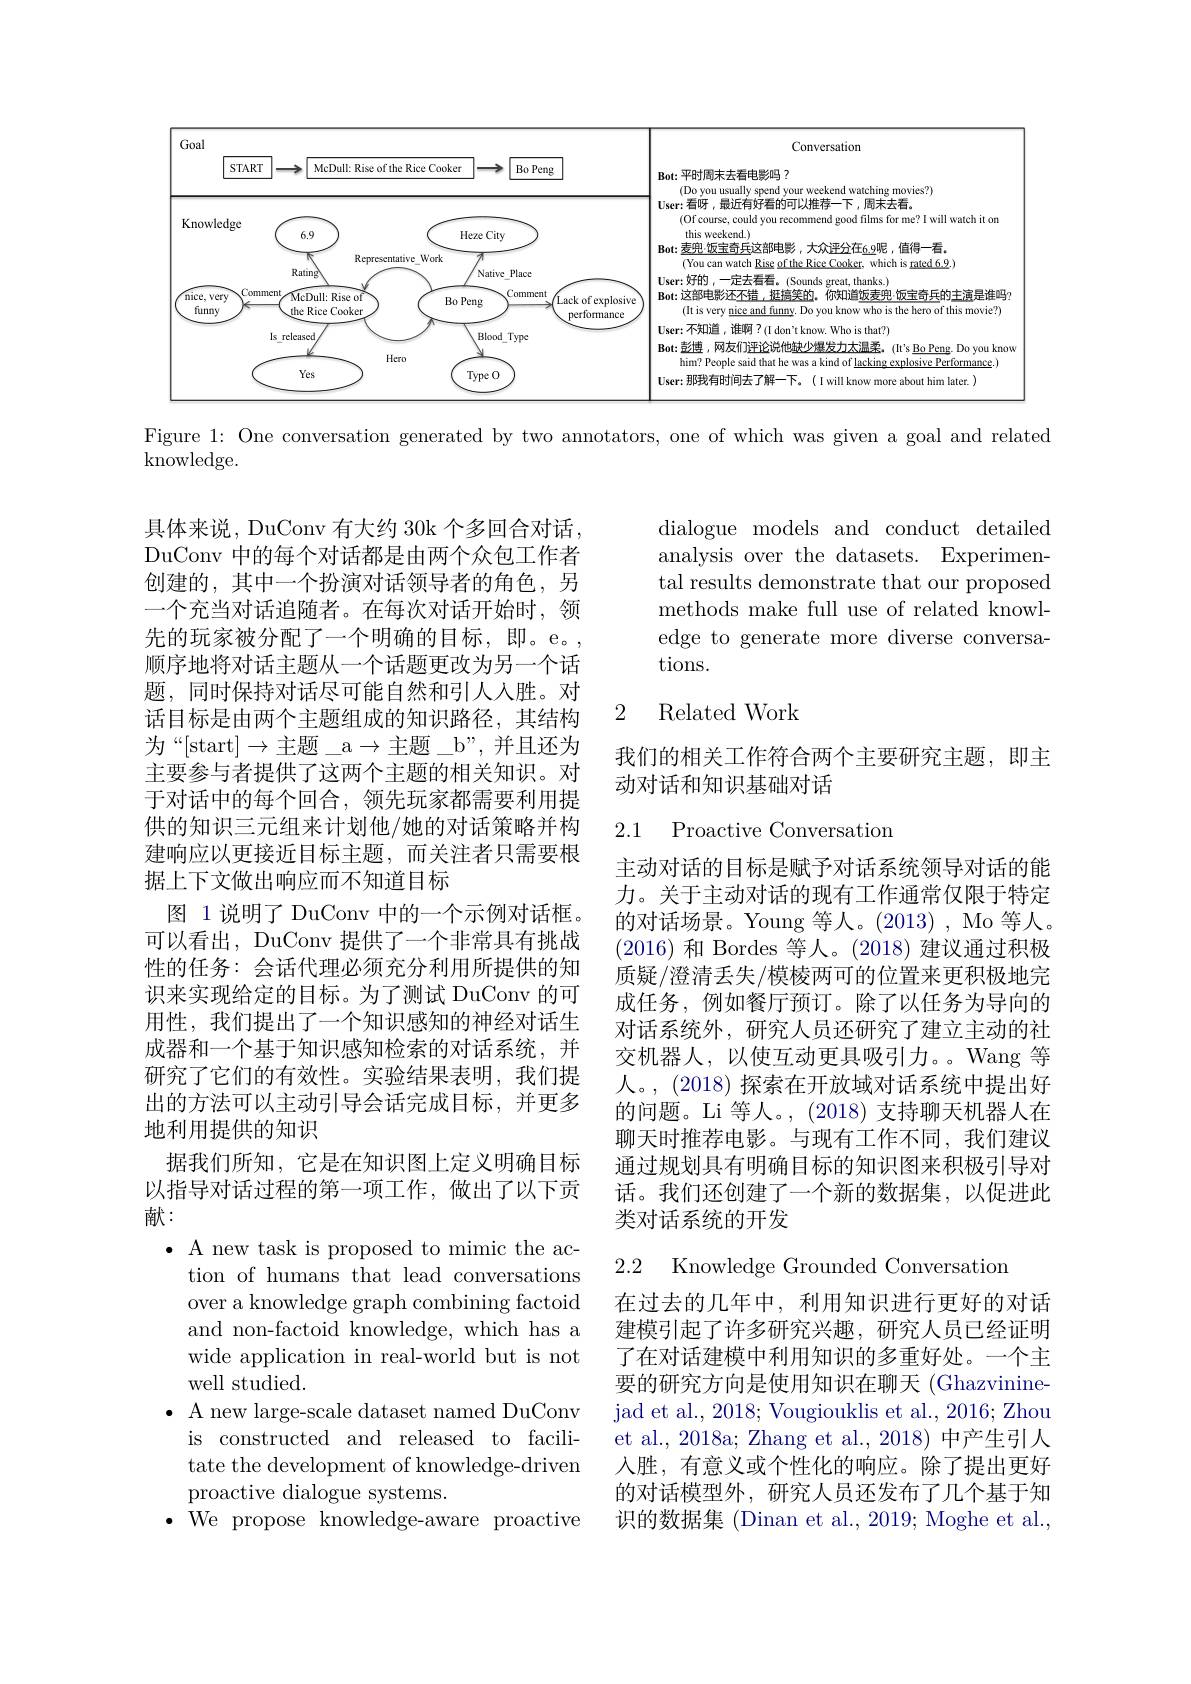
<FigureHere>

Figure 1: One conversation generated by two annotators, one of which was given a goal and related

knowledge.

dialogue models and conduct detailed analysis over the datasets. Experimental results demonstrate that our proposed methods make full use of related knowledge to generate more diverse conversations.

## 2 Related Work

我们的相关工作符合两个主要研究主题，即主
动对话和知识基础对话

2.1 Proactive Conversation

具体来说，DuConv 有大约 30k 个多回合对话DuConv 中的每个对话都是由两个众包工作者创建的，其中一个扮演对话领导者的角色，另一个充当对话追随者。在每次对话开始时，领先的玩家被分配了一个明确的目标，即。e。, 顺序地将对话主题从一个话题更改为另一个话题，同时保持对话尽可能自然和引人人胜。对话目标是由两个主题组成的知识路径，其结构为“[start$]\to$主题\_a$\to$主题\_b”,并且还为主要参与者提供了这两个主题的相关知识。对于对话中的每个回合，领先玩家都需要利用提供的知识三元组来计划他/她的对话策略并构建响应以更接近目标主题，而关注者只需要根据上下文做出响应而不知道目标
图 1说明了 DuConv 中的一个示例对话框。可以看出，DuConv 提供了一个非常具有挑战性的任务：会话代理必须充分利用所提供的知识来实现给定的目标。为了测试 DuConv 的可用性，我们提出了一个知识感知的神经对话生成器和一个基于知识感知检索的对话系统，并研究了它们的有效性。实验结果表明，我们提出的方法可以主动引导会话完成目标，并更多地利用提供的知识
据我们所知，它是在知识图上定义明确目标以指导对话过程的第一项工作，做出了以下贡献：
$\bullet$ A new task is proposed to mimic the ac-
tion of humans that lead conversations over a knowledge graph combining factoid and non-factoid knowledge, which has a wide application in real-world but is not well studied.
$\bullet$ A new large-scale dataset named DuConv is constructed and released to facilitate the development of knowledge-driven proactive dialogue systems.
$\bullet$ We propose knowledge-aware proactive

主动对话的目标是赋予对话系统领导对话的能力。关于主动对话的现有工作通常仅限于特定的对话场景。Young 等人。(2013), Mo 等人。(2016)和 Bordes 等人。(2018)建议通过积极质疑/澄清丢失/模棱两可的位置来更积极地完成任务，例如餐厅预订。除了以任务为导向的对话系统外，研究人员还研究了建立主动的社交机器人，以使互动更具吸引力。。Wang 等人。, (2018) 探索在开放域对话系统中提出好的问题。Li 等人。, (2018) 支持聊天机器人在聊天时推荐电影。与现有工作不同，我们建议通过规划具有明确目标的知识图来积极引导对话。我们还创建了一个新的数据集，以促进此类对话系统的开发

2.2 Knowledge Grounded Conversatior

在过去的几年中，利用知识进行更好的对话建模引起了许多研究兴趣，研究人员已经证明了在对话建模中利用知识的多重好处。一个主要的研究方向是使用知识在聊天 (Ghazvinine- ${\text{jad et al., 2018; Vougiouklis et al., 2016; Zhou}}$ et al., 2018a; Zhang et al., 2018) 中产生引人人胜，有意义或个性化的响应。除了提出更好的对话模型外，研究人员还发布了几个基于知识的数据集 (Dinan et al., 2019; Moghe et al.,